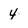
Character: 4